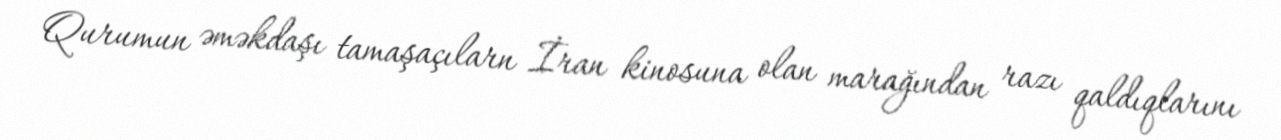
Qurumun əməkdaşı tamaşaçılarn İran kinosuna olan marağından razı qaldıqlarını